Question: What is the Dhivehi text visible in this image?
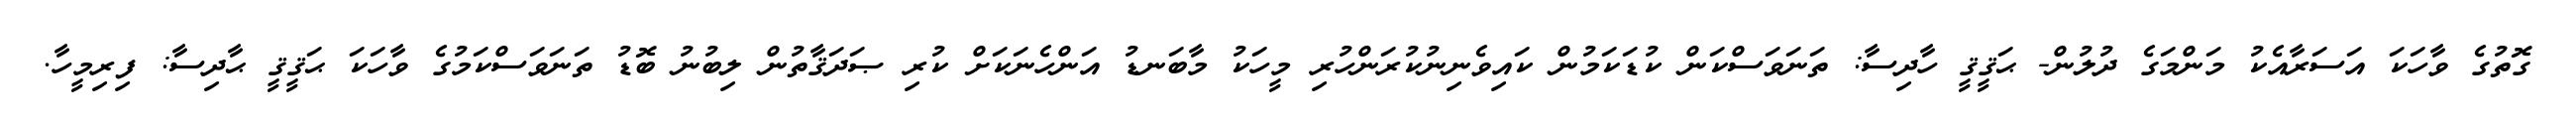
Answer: ގޮތުގެ ވާހަކަ އަސަރާއެކު މަންމަގެ ދުލުން- ޙަޤީޤީ ހާދިސާ: ތަނަވަސްކަން ކުޑަކަމުން ކައިވެނިނުކުރަންހުރި މީހަކު މާބަނޑު އަންހެނަކަށް ކުރި ޞަދަޤާތުން ލިބުނު ބޮޑު ތަނަވަސްކަމުގެ ވާހަކަ ޙަޤީޤީ ޙާދިސާ: ފިރިމީހާ.